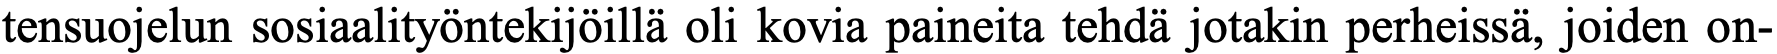
tensuojelun sosiaalityöntekijöillä oli kovia paineita tehdä jotakin perheissä, joiden on-